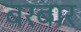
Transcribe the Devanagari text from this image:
बरबार